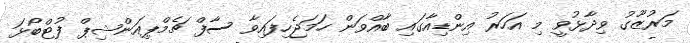
މަރުޒޫގު ވިދާޅުވީ މި އަހަރު އިންޑިއާގައި ބާއްވަން ހަމަޖެހިފައިވާ ސާފް ޗެމްޕިއަންޝިޕް ފުޓްބޯޅަ